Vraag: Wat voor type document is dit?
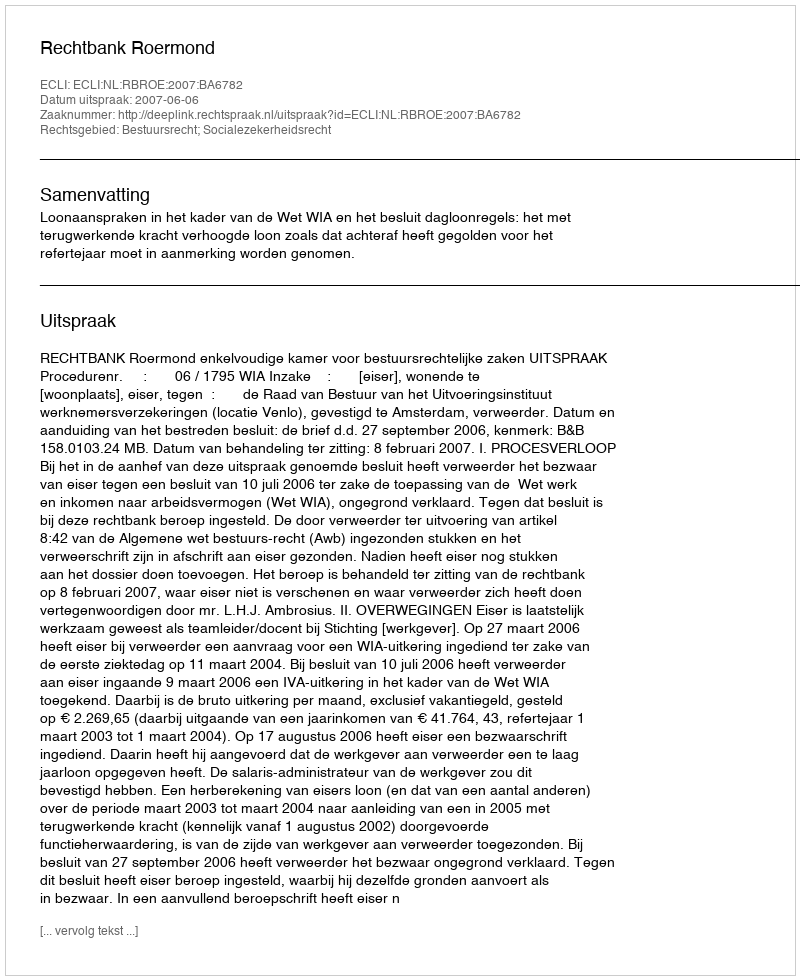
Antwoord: Uitspraak